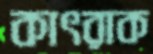
কাৎরাক